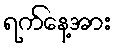
ရက်နေ့အား